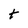
Character: t